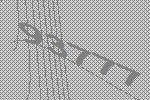
93777